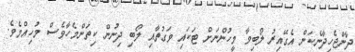
ދާންޖެހިދާނެކަން އެގޭއިރު ލޯބިވާ މީހުންނަށް ޓަކައި ވަގުތާއި ލޯބި ދިނުން ކިތަންމެހާވެސް މުހިއްމެވެ.